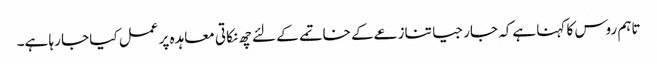
تاہم روس کا کہنا ہےکہ جارجیا تنازعےکے خاتمے کے لئے چھ نکاتی معاہدہ پر عمل کیا جا رہا ہے۔